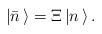
LaTeX: \begin{align*}|{\bar n}\,\rangle={\Xi}\,|n\,\rangle\,.\end{align*}